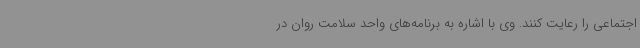
اجتماعی را رعایت کنند. وی با اشاره به برنامه‌های واحد سلامت روان در